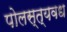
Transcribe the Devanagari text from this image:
पोलस्त्यवध